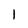
Character: 1